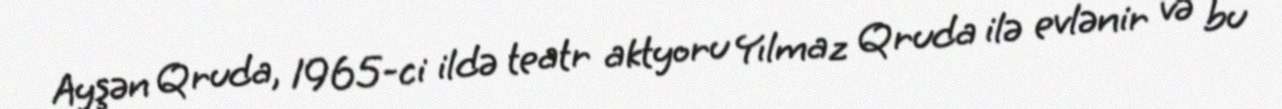
Ayşən Qruda, 1965-ci ildə teatr aktyoru Yılmaz Qruda ilə evlənir və bu